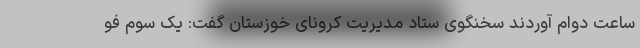
ساعت دوام آوردند سخنگوی ستاد مدیریت کرونای خوزستان گفت: یک سوم فو